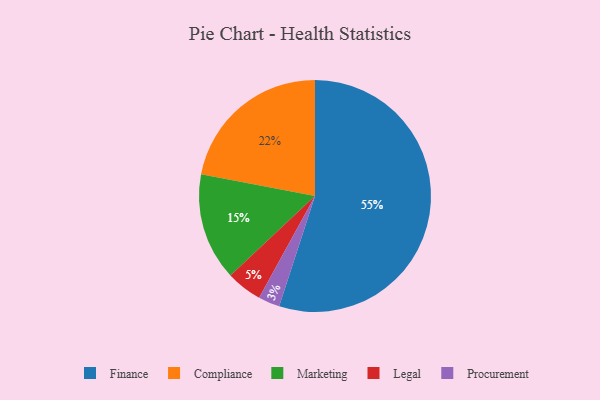
{"axis": {"x": "Category", "y": "Percentage"}, "legend": ["Compliance", "Finance", "Legal", "Marketing", "Procurement"], "data": [{"x": "Procurement", "y": 3, "type": "Procurement"}, {"x": "Legal", "y": 5, "type": "Legal"}, {"x": "Compliance", "y": 22, "type": "Compliance"}, {"x": "Marketing", "y": 15, "type": "Marketing"}, {"x": "Finance", "y": 55, "type": "Finance"}]}